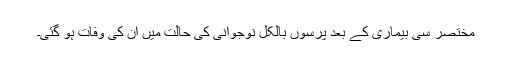
مختصر سی بیماری کے بعد پرسوں بالکل نوجوانی کی حالت میں ان کی وفات ہو گئی۔